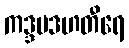
ကဒ္ဒမဒဟတီရေ